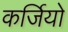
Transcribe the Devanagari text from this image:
कर्जियो